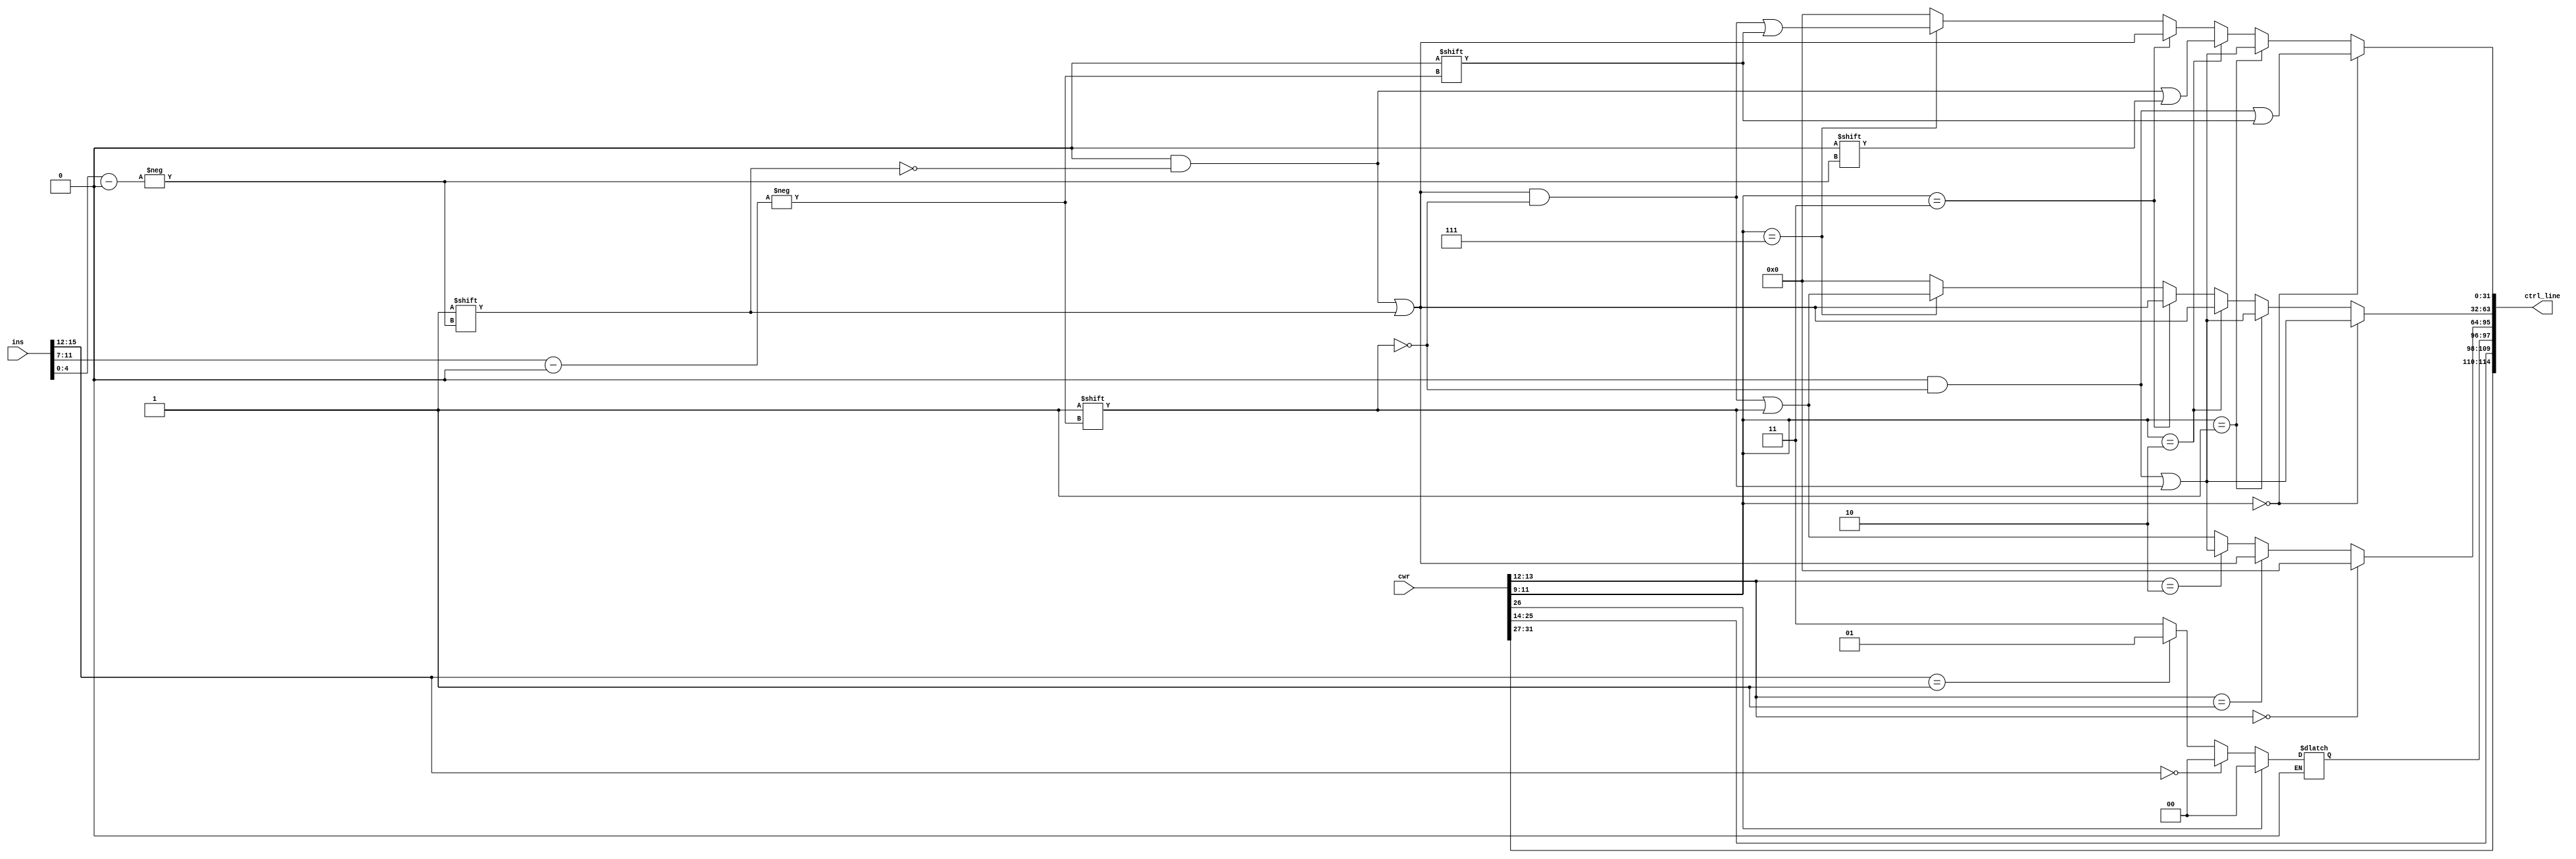
module control_line_gen(ins,cwr,ctrl_line);
input [15:0] ins;
input [33:0] cwr;
output [114:0] ctrl_line;
reg [1:0] alu_op_bit;
reg [31:0] load_Reg,Reg_to_Bus;
reg [31:0] Bus_select;

assign ctrl_line={cwr[31:27],cwr[25:14],alu_op_bit,load_Reg,Reg_to_Bus,Bus_select};

//---------------------------------ALU Operation Select-----------------------
always @(*) begin
if(cwr[26]==1'b1) alu_op_bit=2'b00;//ADD
else if(cwr[26]==1'b0) begin
if(ins[15:12]==4'b0000) alu_op_bit=2'b00;//--ADD Ins 
else if(ins[15:12]==4'b0001) alu_op_bit=2'b01;//--SUB Ins
else alu_op_bit=2'b11;//--NAND Ins
end
end

//---------------------------------Reg File Input{13:12}-----------------------
always @(*) begin
load_Reg={32{1'b0}};
if(cwr[13:12]==2'b00) load_Reg={32{1'b0}};
else if(cwr[13:12]==2'b01) load_Reg[ins[4:0]]=1'b1;
else if(cwr[13:12]==2'b10) load_Reg[ins[11:7]]=1'b1;
else 	begin load_Reg[ins[4:0]]=1'b1;load_Reg[ins[11:7]]=1'b1;end
end

//---------------------------------Reg File Output{11:9}-----------------------
always @(*) begin
Reg_to_Bus={32{1'b0}};Bus_select={32{1'b0}};
if(cwr[11:9]==3'b000) begin Reg_to_Bus[ins[11:7]]=1'b1;Bus_select[ins[11:7]]=1'b0; end//Rx-->Bus_A
else if(cwr[11:9]==3'b001) begin Reg_to_Bus[ins[11:7]]=1'b1;Bus_select[ins[11:7]]=1'b1; end //Rx-->Bus_B
else if(cwr[11:9]==2'b010) begin Reg_to_Bus[ins[4:0]]=1'b1;Bus_select[ins[4:0]]=1'b0; end//Ry-->Bus_A
else if(cwr[11:9]==3'b011) begin Reg_to_Bus[ins[4:0]]=1'b1;Bus_select[ins[4:0]]=1'b1; end //Ry-->Bus_B
else if(cwr[11:9]==3'b111)	begin Reg_to_Bus[ins[4:0]]=1'b1;Reg_to_Bus[ins[11:7]]=1'b1;Bus_select[ins[4:0]]=1'b1;Bus_select[ins[11:7]]=1'b0; end//-----Both Rx-->Bus_A,Ry-->Bus_B
else begin Reg_to_Bus={32{1'b0}};Bus_select={32{1'b0}}; end //No transfer
end
endmodule